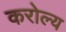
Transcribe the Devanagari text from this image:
करोल्य